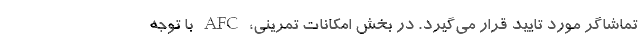
تماشاگر مورد تایید قرار مى‌گیرد. در بخش امکانات تمرینى، AFC با توجه